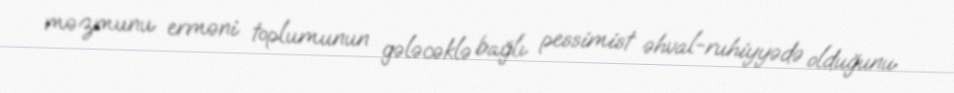
məzmunu erməni toplumunun gələcəklə bağlı pessimist əhval-ruhiyyədə olduğunu